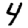
Digit: 4